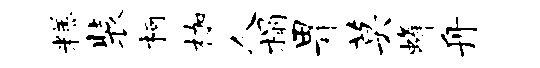
糕装柯枷人榻畀莫蜂舟